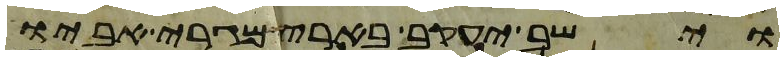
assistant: וישב יעקב בארץ מגרי אביו